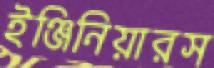
ইঞ্জিনিয়ারস